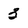
Character: 3